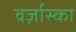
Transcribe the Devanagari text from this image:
वर्ज़ास्का